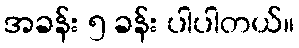
အခန်း ၅ ခန်း ပါပါတယ်။